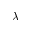
\lambda